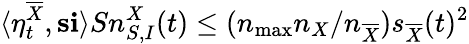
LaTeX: \langle\eta_{t}^{\overline{{X}}},\mathbf{s}\mathbf{i}\rangle Sn_{S,I}^{X}(t)\leq(n_{\operatorname*{max}}n_{X}/n_{\overline{{X}}})s_{\overline{{X}}}(t)^{2}